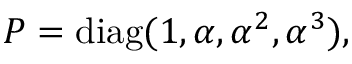
P = \mathrm { d i a g } ( 1 , \alpha , \alpha ^ { 2 } , \alpha ^ { 3 } ) ,